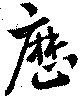
歴